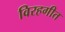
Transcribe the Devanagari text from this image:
विरहगीत